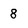
Character: 8